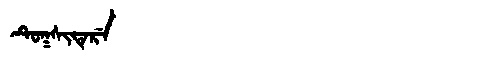
Manchu: ᡨᡠᡴᠰᡳᡨᡝᡵᡝ
Romanization: TUKSITERE